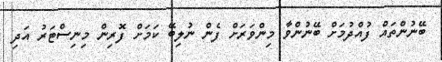
ބޭނުންތައް ފުއްދުމަށް ބޭނުންވާ މިންވަރަށް ފެން ނުލިބޭ ކަމަށް ފޮރިން މިނިސްޓަރު އަދި